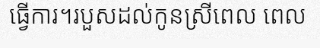
ធ្វើការ។របួសដល់កូនស្រីពេល ពេល